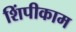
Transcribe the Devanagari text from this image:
शिंपीकाम